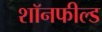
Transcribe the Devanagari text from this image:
शॉनफील्ड